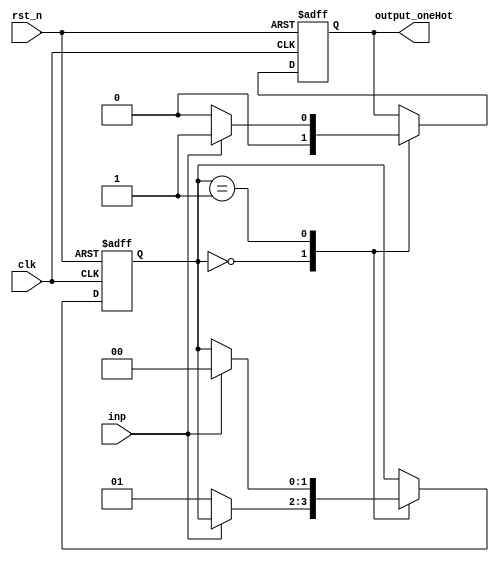
`timescale 1ns / 1ps
//////////////////////////////////////////////////////////////////////////////////
// Company: 
// Engineer: 
// 
// Design Name: 
// Module Name:    OneHot 
// Project Name: 
// Target Devices: 
// Tool versions: 
// Description: 
//
// Dependencies: 
//
// Revision: 
// Revision 0.01 - File Created
// Additional Comments: 
//
//////////////////////////////////////////////////////////////////////////////////
module OneHot(
    input rst_n,
    input clk,
    input inp,
    output reg output_oneHot
    );
	 
	 reg[1:0] hold_state;
	 
	 always@(posedge clk or negedge rst_n)
	 begin
		if (~rst_n)
		begin
			hold_state<=2'b0;
			output_oneHot<=0;
		end
		else
		case(hold_state)
		2'b0:
		begin
			output_oneHot<=1'b0;
			if(inp==1'b0)
				hold_state<=2'b1;
		end
		2'b1:
		begin
			output_oneHot<=1'b0;
			if(inp==1'b1)
			begin
				hold_state<=2'b0;
				output_oneHot<=1'b1;
			end
		end
		endcase
	end
			


endmodule